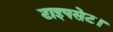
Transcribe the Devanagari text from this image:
टाइपसेट।